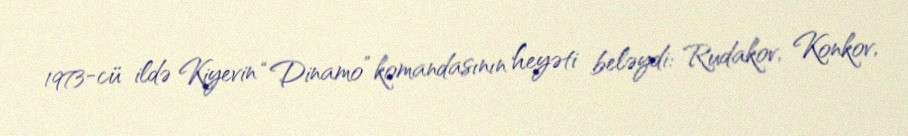
1973-cü ildə Kiyevin “Dinamo” komandasının heyəti beləydi: Rudakov, Konkov,